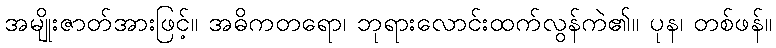
အမျိုးဇာတ်အားဖြင့်။ အဓိကတရော၊ ဘုရားလောင်းထက်လွန်ကဲ၏။ ပုန၊ တစ်ဖန်။